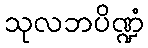
သုလဘပိဏ္ဍံ